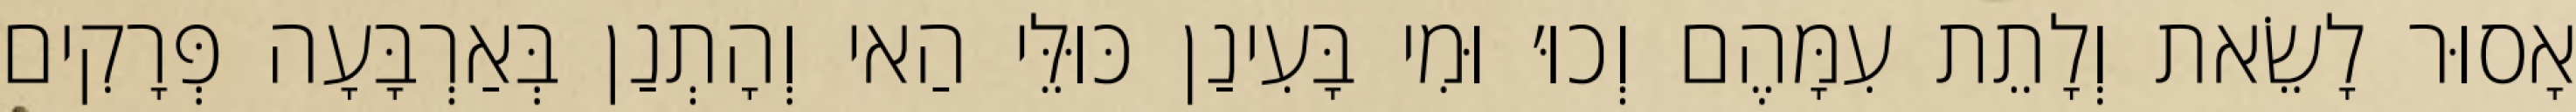
אָסוּר לָשֵׂאת וְלָתֵת עִמָּהֶם וְכוּ׳ וּמִי בָּעִינַן כּוּלֵּי הַאי וְהָתְנַן בְּאַרְבָּעָה פְּרָקִים